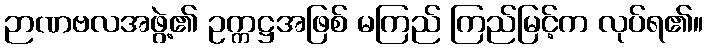
ဉာဏဗလအဖွဲ့၏ ဥက္ကဋ္ဌအဖြစ် မကြည် ကြည်မြင့်က လုပ်ရ၏။